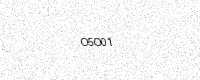
Text: O5O01